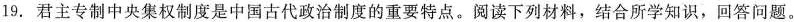
19.君主专制中央集权制度是中国古代政治制度的重要特点。阅读下列材料，结合所学知识，回答问题。